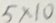
5 \times 1 0